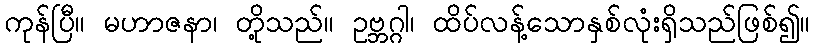
ကုန်ပြီ။ မဟာဇနာ၊ တို့သည်။ ဥဗ္ဘဂ္ဂါ၊ ထိပ်လန့်သောနှစ်လုံးရှိသည်ဖြစ်၍။